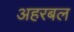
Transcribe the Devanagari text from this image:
अहरबल